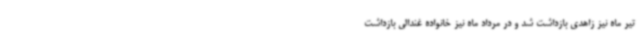
تیر ماه نیز زاهدی بازداشت شد و در مرداد ماه نیز خانواده غندالی بازداشت